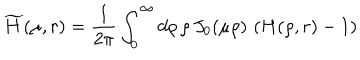
\widetilde { H } ( \mu , r ) = \frac { 1 } { 2 \pi } \int _ { 0 } ^ { \infty } d \rho \, \rho \, J _ { 0 } ( \mu \rho ) \, \left( H ( \rho , r ) - 1 \right)